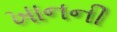
ખાનની